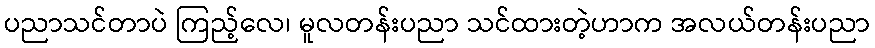
ပညာသင်တာပဲ ကြည့်လေ၊ မူလတန်းပညာ သင်ထားတဲ့ဟာက အလယ်တန်းပညာ